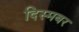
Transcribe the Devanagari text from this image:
दिस्मबर